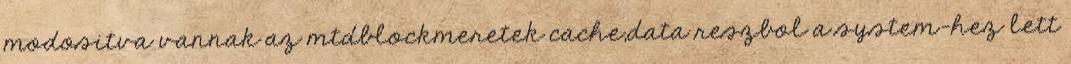
modositva vannak az mtdblockmeretek cache,data reszbol a system-hez lett